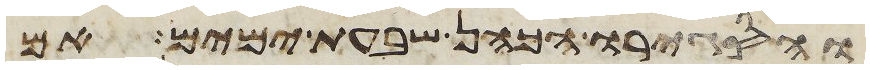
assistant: והסגירו הכהן שבעת ימים אם